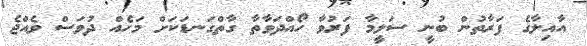
އާއިލާގެ ފަރާތުން ބުނީ ސަލީމާ ފަރުވާ ހޯއްދަވާތާ ގާތްގަނޑަކަށް މަހެއް ދުވަސް ވެއްޖެ